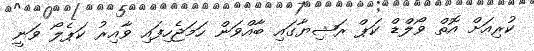
ކުރިއަށް އޮތް ވޯލްޑް ކަޕް ރަޝިޔާގައި ބާއްވަން ހަމަޖެހިފައި ވާއިރު ކަޕެލޯ ވަނީ